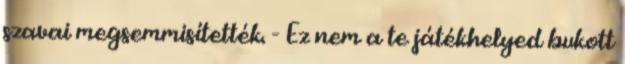
szavai megsemmisítették. - Ez nem a te játékhelyed bukott